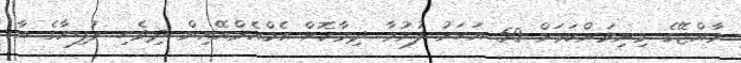
ރާއްޖޭގެ މިނިވަންކަމަށް 50 އަހަރު ފުރުމާ ދިމާކޮށް އެމްއެމްއޭއިން ދިވެހި ރުފިޔާގެ އާ